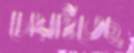
চোয়াইতেছ